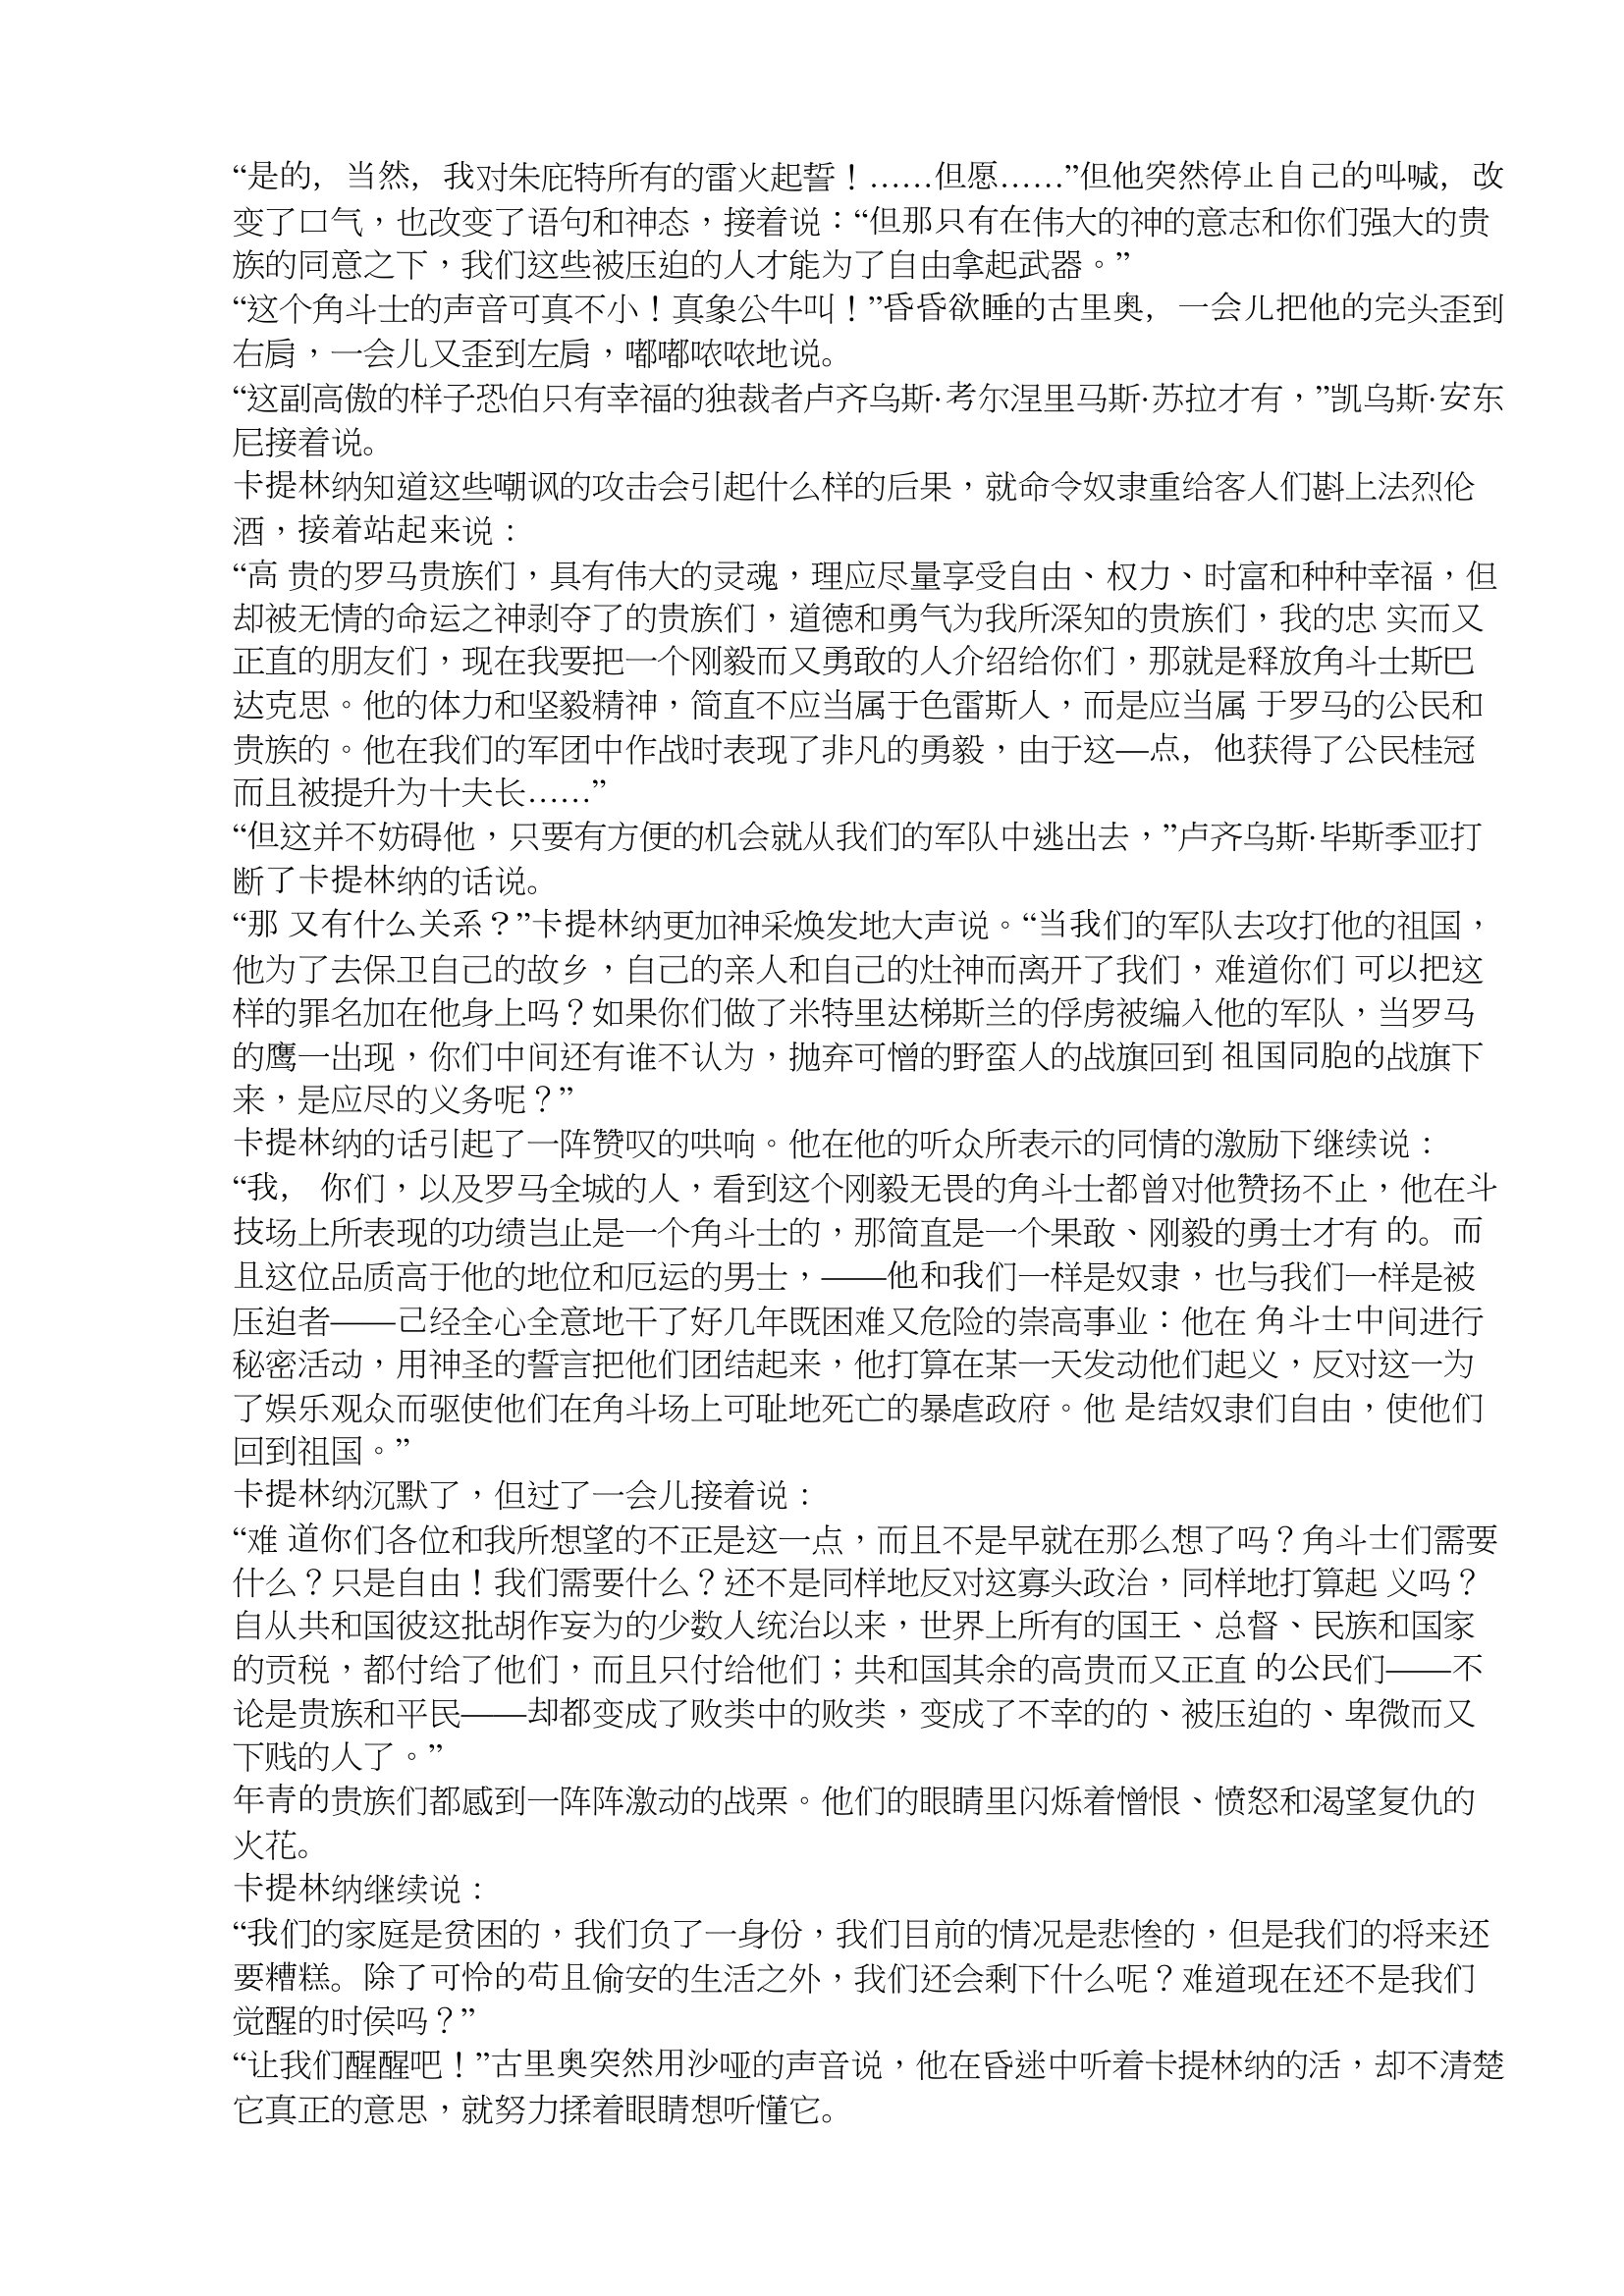
Language: zh